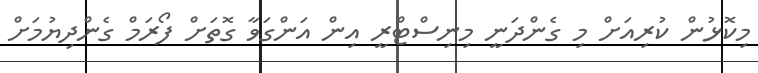
މިކޮޅުން ކުރިއަށް މި ގެންދަނީ މިނިސްޓްރީ އިން އަންގަވާ ގޮތަށް ފޯރަމް ގެންދިޔުމަށް